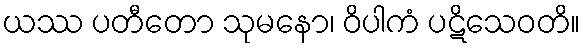
ယဿ ပတီတော သုမနော၊ ဝိပါကံ ပဋိသေဝတိ။